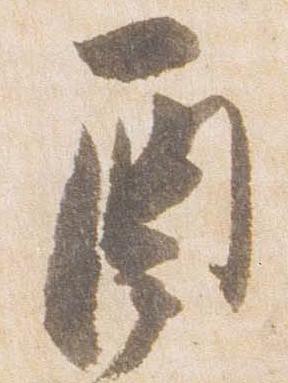
酉